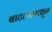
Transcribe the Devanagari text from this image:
बाटल्यांमधून